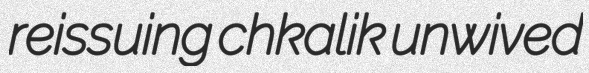
reissuing chkalik unwived